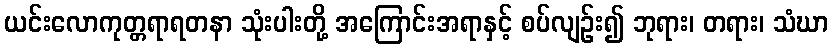
ယင်းလောကုတ္တရာရတနာ သုံးပါးတို့ အကြောင်းအရာနှင့် စပ်လျဉ်း၍ ဘုရား၊ တရား၊ သံဃာ